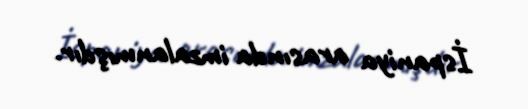
İspaniya arasında imzalanmışdır.